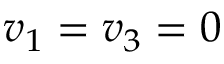
v _ { 1 } = v _ { 3 } = 0